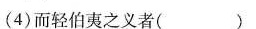
(4)而轻伯夷之义者()